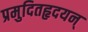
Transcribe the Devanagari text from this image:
प्रमुदितहृदयन्